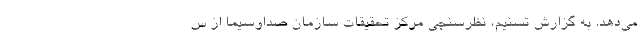
می‌دهد. به گزارش تسنیم، نظرسنجی مرکز تحقیقات سازمان صداوسیما از س